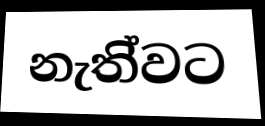
නැති්වට